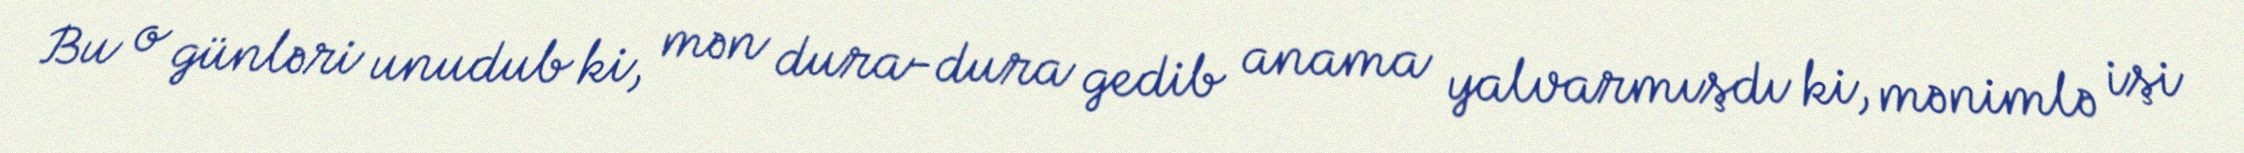
Bu o günləri unudub ki, mən dura-dura gedib anama yalvarmışdı ki, mənimlə işi